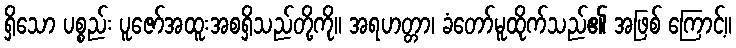
ရှိသော ပစ္စည်း ပူဇော်အထူးအစရှိသည်တို့ကို။ အရဟတ္တာ၊ ခံတော်မူထိုက်သည်၏ အဖြစ် ကြောင့်။